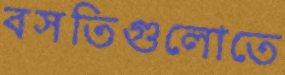
বসতিগুলোতে